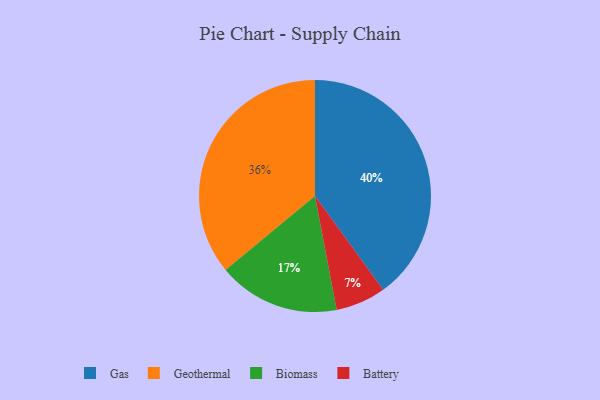
{"axis": {"x": "Category", "y": "Percentage"}, "legend": ["Battery", "Biomass", "Gas", "Geothermal"], "data": [{"x": "Battery", "y": 7, "type": "Battery"}, {"x": "Gas", "y": 40, "type": "Gas"}, {"x": "Geothermal", "y": 36, "type": "Geothermal"}, {"x": "Biomass", "y": 17, "type": "Biomass"}]}